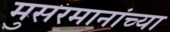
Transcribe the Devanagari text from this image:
मुसरमानांच्या